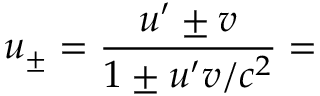
u _ { \pm } = { \frac { u ^ { \prime } \pm v } { 1 \pm u ^ { \prime } v / c ^ { 2 } } } =